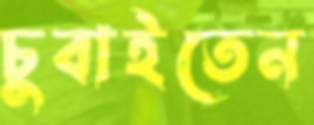
চুবাইতেন